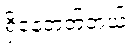
ရှိနေတတ်တယ်။